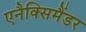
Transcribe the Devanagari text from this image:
एनैक्सिमैंडर